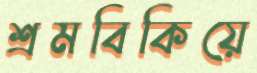
শ্রমবিকিয়ে